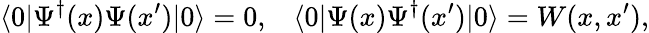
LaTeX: \langle 0|\Psi^{\dagger}(x)\Psi(x^{\prime})|0\rangle=0,\; \; \; \langle 0|\Psi(x)\Psi^{\dagger}(x^{\prime})|0\rangle=W(x,x^{\prime}),